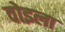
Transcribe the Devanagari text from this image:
वोइला